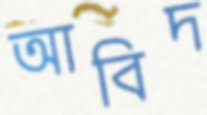
আবিদ